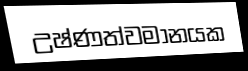
උෂ්ණත්වමානයක